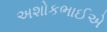
અશોકભાઈએ